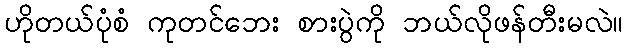
ဟိုတယ်ပုံစံ ကုတင်ဘေး စားပွဲကို ဘယ်လိုဖန်တီးမလဲ။